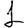
Digit: 1